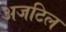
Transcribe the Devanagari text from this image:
अजटिल